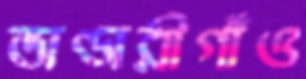
ভাণ্ডারীগাঁও